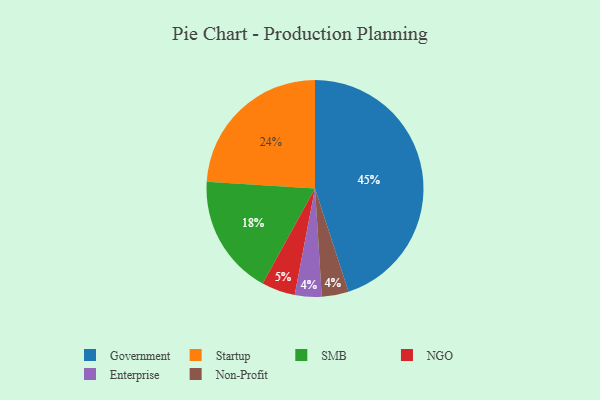
{"axis": {"x": "Category", "y": "Percentage"}, "legend": ["Enterprise", "Government", "NGO", "Non-Profit", "SMB", "Startup"], "data": [{"x": "SMB", "y": 18, "type": "SMB"}, {"x": "NGO", "y": 5, "type": "NGO"}, {"x": "Startup", "y": 24, "type": "Startup"}, {"x": "Enterprise", "y": 4, "type": "Enterprise"}, {"x": "Government", "y": 45, "type": "Government"}, {"x": "Non-Profit", "y": 4, "type": "Non-Profit"}]}